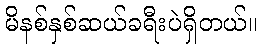
မိနစ်နှစ်ဆယ်ခရီးပဲရှိတယ်။